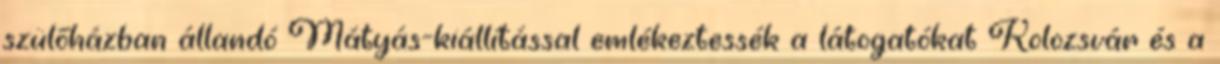
szülőházban állandó Mátyás-kiállítással emlékeztessék a látogatókat Kolozsvár és a